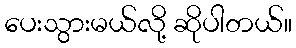
ပေးသွားမယ်လို့ ဆိုပါတယ်။